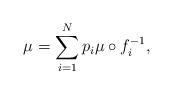
LaTeX: \begin{align*} \mu = \sum_{i=1}^N p_i \mu \circ f_i^{-1},\end{align*}